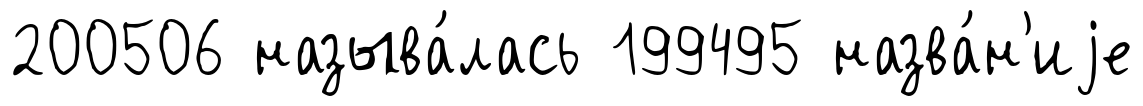
200506 называ́лась 199495 назва́н'иjе